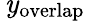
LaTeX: \, \mathit{y}_{\mathrm{{overlap}}}